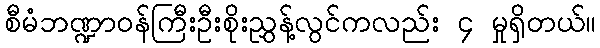
စီမံဘဏ္ဍာဝန်ကြီးဦးစိုးညွှန့်လွင်ကလည်း ၄ မှုရှိတယ်။